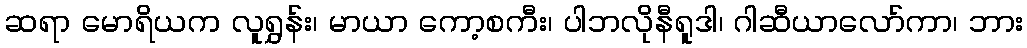
ဆရာ မောရိယက လူရွှန်း၊ မာယာ ကော့စကီး၊ ပါဘလိုနီရူဒါ၊ ဂါဆီယာလော်ကာ၊ ဘား